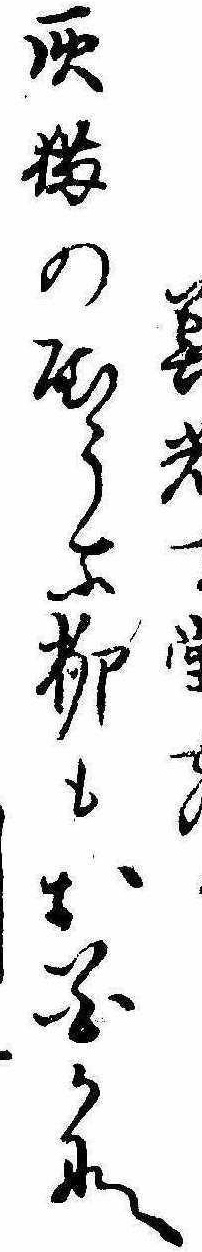
善寺灰猫のやうな柳もお花かな